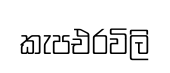
කැපඑරවිලි